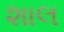
શાલ